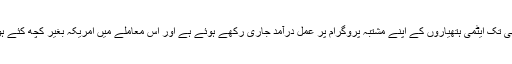
تاہم انہوں نے یہ بھی کہا کہ ایران ابھی تک ایٹمی ہتھیاروں کے اپنے مشتبہ پروگرام پر عمل درآمد جاری رکھے ہوئے ہے اور اس معاملے میں امریکہ بغیر کچھ کئے ہوئے محض تماشائی نہیں بنا رہے گا۔